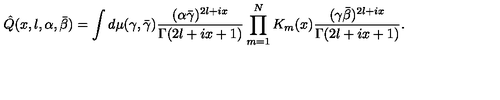
\hat { Q } ( x , l , \alpha , \bar { \beta } ) = \int d \mu ( \gamma , \bar { \gamma } ) \frac { ( \alpha \bar { \gamma } ) ^ { 2 l + i x } } { \Gamma ( 2 l + i x + 1 ) } \prod _ { m = 1 } ^ { N } K _ { m } ( x ) \frac { ( \gamma \bar { \beta } ) ^ { 2 l + i x } } { \Gamma ( 2 l + i x + 1 ) } .